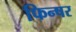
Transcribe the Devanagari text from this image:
फिन्षर